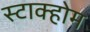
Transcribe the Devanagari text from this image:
स्टाक्होम